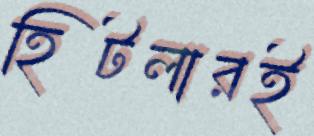
হিটলারই